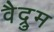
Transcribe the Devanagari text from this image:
वैद्रुम